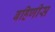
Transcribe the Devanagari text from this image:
बहिणीस